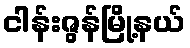
ငါန်းဇွန်မြို့နယ်